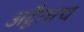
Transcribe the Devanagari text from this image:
अद्वैतत्व